Annual administration report of the Civil Veterinary Department of India - 1899-1900
Year: 1899
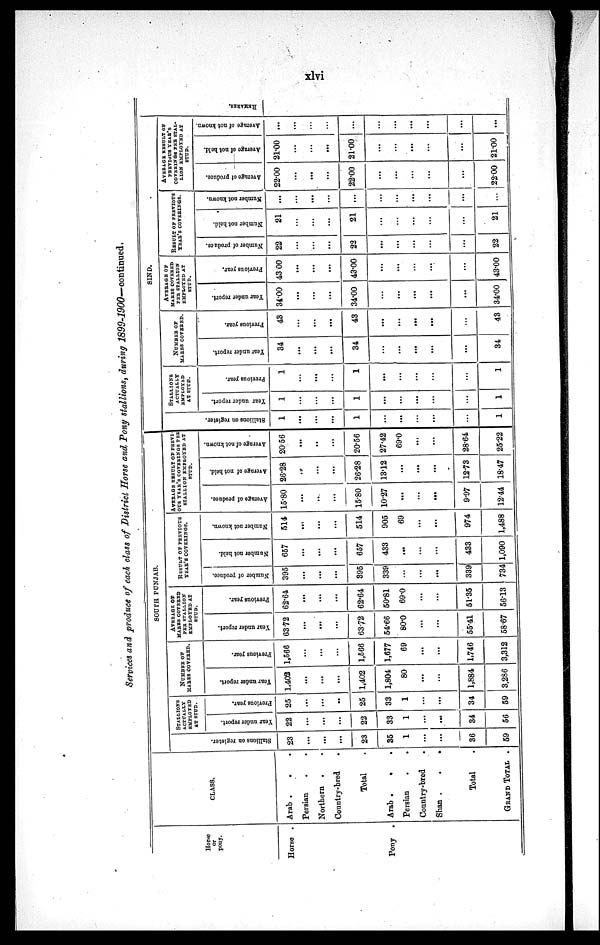
xlvi
Services and produce of each class of District Horse and, Pony stallions, during 1899-1900—continued,
Horse
or
pony.
Horse .
Pony .
CLASS.
Arab . . .
Persian . .
Northern . .
Country-bred
.
Total .
Arab .
.
Persian . .
Country-bred .
Shan .
.
.
Total .
GRAND TOTAL .
SOUTH PUNJAB.
Stallions
on register.
23
...
...
...
23
35
1
...
...
36
59
STALLIONS
ACTUALLY
EMPLOYED
AT STUD.
Year under report.
22
...
...
...
22
33
1
...
...
34
56
Previous year.
25
...
...
..
25
33
1
...
...
34
59
NUMBER OF
MARES COVERED.
Tear under report.
1,402
...
...
...
1,402
1,804
80
...
...
1,884
3,286
Previous year.
1,566
...
...
...
1,566
1,677
69
...
...
1,746
3,312
AVERAGE OF
MARES COVERED
PER STALLION
EMPLOYED AT
STUD.
Year under report.
6372
...
...
...
63.72
54.66
80.0
...
...
55.41
58.67
Previous year.
62.64
...
...
...
62.64
50.81
69.0
...
...
51.35
56.13
RESULT OF PREVIOUS
YEAR'S
COVERINGS.
Number
of produce.
395
...
...
...
395
339
...
...
...
339
734
Number not held.
657
...
...
...
657
433
...
...
...
433
1,090
Number
not known.
514
...
...
...
514
905
69
...
...
974
1,488
AVERAGE RESULT OF PREVIOUS-
OUS YEAR'S COVERINGS PER
STALLION EMPLOYED AT
STUD.
Average of produce.
15.80
...
...
...
15.80
10.27
...
...
...
9.97
12.44
Average of not held.
26.28
...
...
...
26.28
13.12
...
...
...
12.73
18.47
Average of not known.
2056
...
..
...
20.56
27.42
69.0
...
...
2864
25.22
SIND.
Stallions on register.
1
...
...
...
1
...
...
...
...
...
1
STALLIONS
ACTUALLY
EMPLOYED
AT STUD.
Year under report.
1
...
...
...
1
...
...
...
...
...
1
Previous year.
1
...
...
...
1
...
...
...
...
...
1
NUMBER OF
MARES COVERED.
Year under report.
34
...
...
...
34
...
...
...
...
...
34
Previous year.
43
...
...
...
43
...
...
...
...
...
43
AVERAGE OF
HARES COVERED
PER STALLION
EMPLOYED AT
STUD.
Year under report.
34.00
...
...
...
34.00
...
...
...
...
...
34.00
Previous year.
43 00
...
...
...
43.00
...
...
...
...
...
43.00
RESULT OF PREVIOUS
YEAR'S COVERINGS.
Number of produce.
22
...
...
...
22
...
...
...
...
...
22
Number not held.
21
...
...
...
21
...
...
...
...
21
Number not known.
...
...
...
...
...
...
...
...
...
...
...
AVERAGE RESULT OF
PREVIOUS YEAR'S
COVERINGS PER STAL-
LION EMPLOYED AT
STUD.
Average of produce
22.00
...
...
...
22.00
...
...
...
...
...
22.00
Average of not hold.
21.00
...
...
...
21.00
...
...
...
...
...
21.00
Average of not known.
...
...
...
...
...
...
...
...
...
...
...
REMARKS.